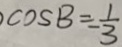
\cos B = - \frac { 1 } { 3 }